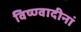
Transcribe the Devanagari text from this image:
विष्ण्वादीनां